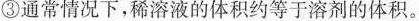
碳酸钠微溶。③通常情况下，稀溶液的体积约等于溶剂的体积。